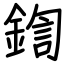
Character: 鍧